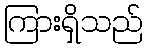
ကြားရှိသည်